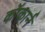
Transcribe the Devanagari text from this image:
कॉकार्न